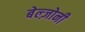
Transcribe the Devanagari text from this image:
बेल्ज़ोनी